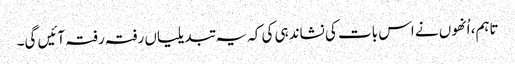
تاہم، اُنھوں نے اس بات کی نشاندہی کی کہ یہ تبدیلیاں رفتہ رفتہ آئیں گی۔